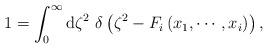
LaTeX: \begin{align*}1=\int_{0}^{\infty }{\rm d}\zeta ^{2}~\delta \left( \zeta ^{2}-F_{i}\left(x_{1},\cdots ,x_{i}\right) \right) ,\end{align*}